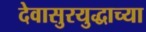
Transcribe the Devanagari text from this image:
देवासुरयुद्धाच्या